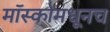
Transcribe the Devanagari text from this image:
मॉस्कोमधूनच